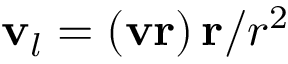
\mathbf { v } _ { l } = \left( \mathbf { v } \mathbf { r } \right) \mathbf { r } / r ^ { 2 }